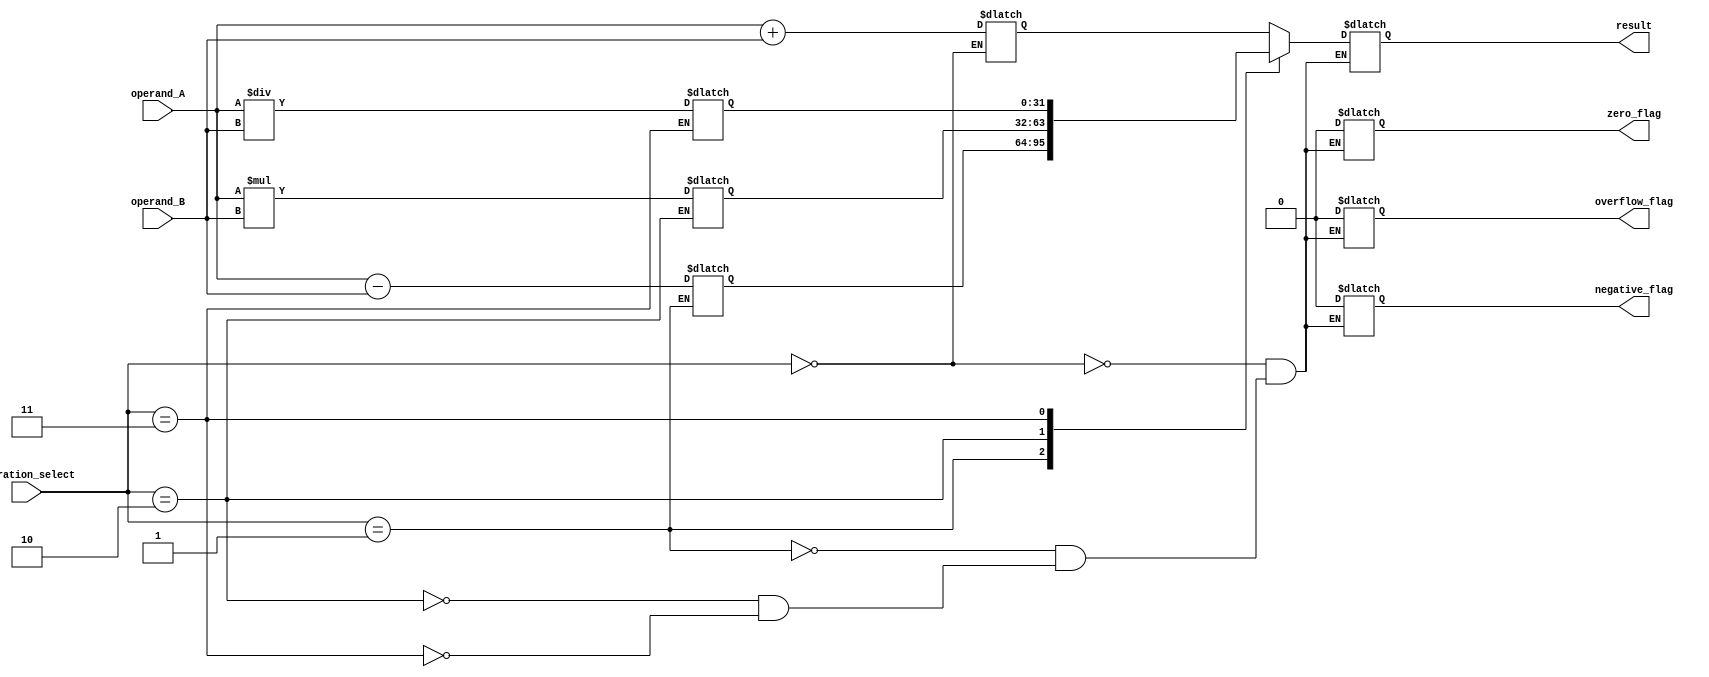
module ALU (
    input [31:0] operand_A,
    input [31:0] operand_B,
    input [2:0] operation_select,
    output reg [31:0] result,
    output reg zero_flag,
    output reg negative_flag,
    output reg overflow_flag
);

// Functional blocks
reg [31:0] addition_result;
reg [31:0] subtraction_result;
reg [31:0] multiplication_result;
reg [31:0] division_result;

// Control logic
always @ (operation_select)
begin
    case (operation_select)
        3'b000 :  // Addition
            begin
                addition_result = operand_A + operand_B;
                {zero_flag, negative_flag, overflow_flag} = 3'b000; // Reset status flags
            end
        3'b001 :  // Subtraction
            begin
                subtraction_result = operand_A - operand_B;
                {zero_flag, negative_flag, overflow_flag} = 3'b000; // Reset status flags
            end
        3'b010 :  // Multiplication
            begin
                multiplication_result = operand_A * operand_B;
                {zero_flag, negative_flag, overflow_flag} = 3'b000; // Reset status flags
            end
        3'b011 :  // Division
            begin
                division_result = operand_A / operand_B;
                {zero_flag, negative_flag, overflow_flag} = 3'b000; // Reset status flags
            end
    endcase
end

// Output selection based on operation
always @ (*)
begin
    case (operation_select)
        3'b000 : result = addition_result; // Addition result
        3'b001 : result = subtraction_result; // Subtraction result
        3'b010 : result = multiplication_result; // Multiplication result
        3'b011 : result = division_result; // Division result
    endcase
end

endmodule